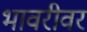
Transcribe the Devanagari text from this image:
भावरीवर